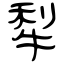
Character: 犁